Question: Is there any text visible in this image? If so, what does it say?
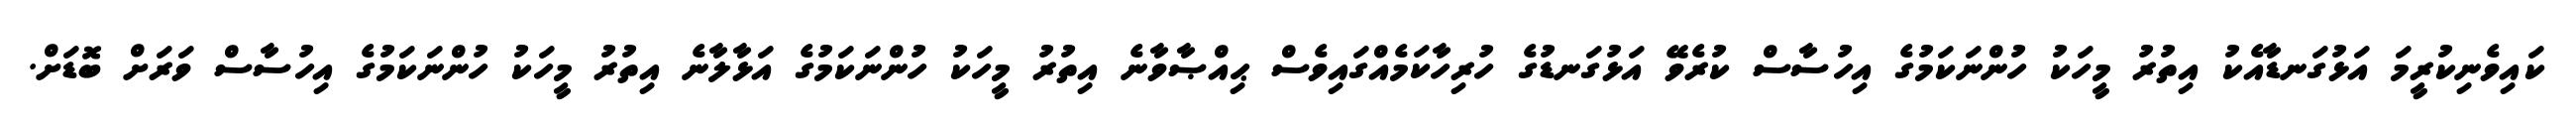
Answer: ކައިވެނިކުރީމަ އަޅުގަނޑާއެކު އިތުރު މީހަކު ހުންނަކަމުގެ އިހުސާސް ކުރެވޭ އަޅުގަނޑުގެ ހުރިހާކަމެއްގައިވެސް ޙިއްޞާވާނެ އިތުރު މީހަކު ހުންނަކަމުގެ އަޅާލާނެ އިތުރު މީހަކު ހުންނަކަމުގެ އިހުސާސް ވަރަށް ބޮޑަށް.